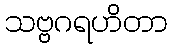
သဗ္ဗဂရဟိတာ